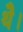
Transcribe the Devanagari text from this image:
थेै।